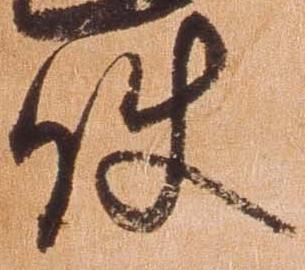
使